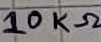
Text: 10KΩ